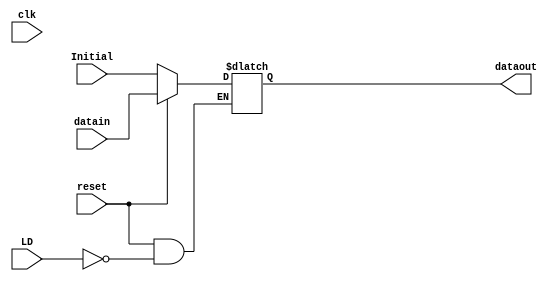
`timescale 1ns / 1ps


module MEM_WB(
    input clk,
    input LD,
    input reset,
    input [102:0] datain,
  
    input [102:0] Initial,
    
    output reg [102:0] dataout
    );
    // at every clock cycle check for reset or data module load
    always @(clk)
    begin
        if(!reset)
            dataout <= Initial;
        else
            if(LD)
                dataout <= datain;
    end
endmodule